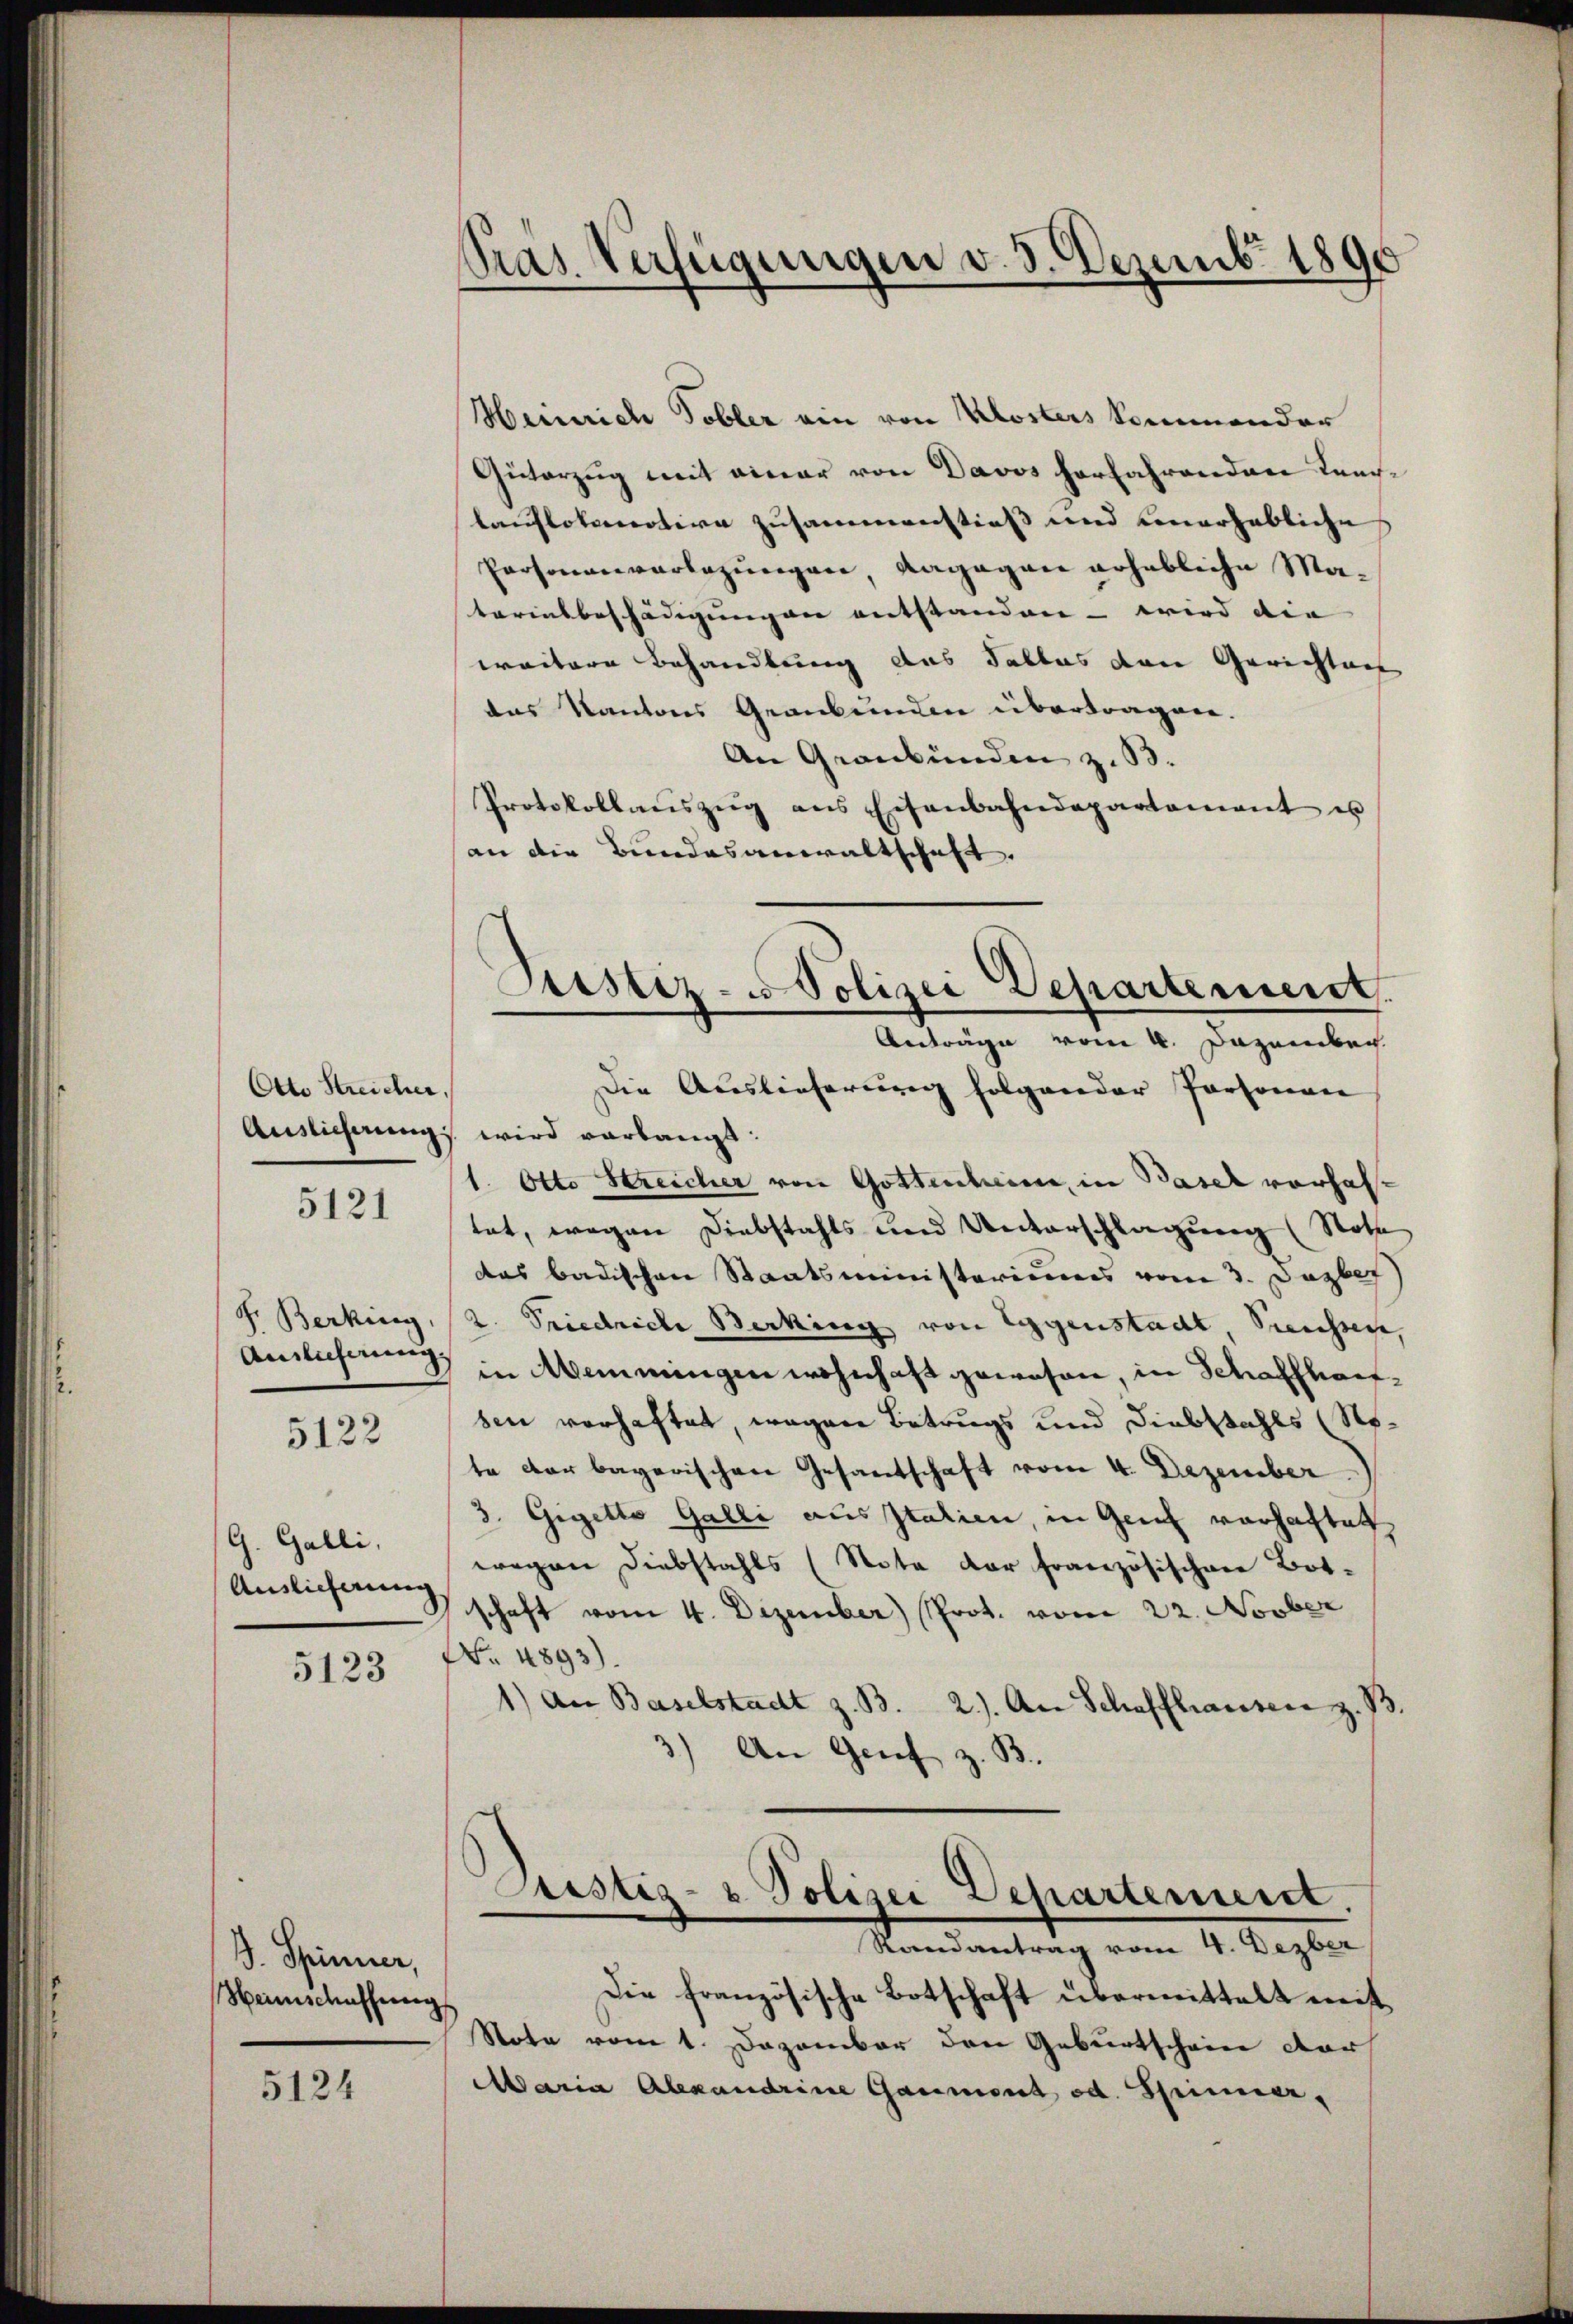
Otto Streicher,

5121

F. Berking,
Auslieferung.

5122

G. Galli,
Auslieferung

5123

J. Spinner,
Herischaffeng

5124

Pras Verfügungen v. 3. Dezemb. 1891

Heinrich Tobler ein von Klosters kommender
Güterzug mit einer von Davos herfahrenden Leerlauflokomotive zusammenstieß und verhebliche
Personenverlegungen, dagegen erhebliche Materinsbeschädigungen entstanden – wird die |
weitere Behandlung das Falles den Gerichtung
das Kantons Graubünden übertragen.
An Graubünden z. B.
Protokollaŭszŭg ans Eisenbahndepartamant es
an die Bundesanwaltschaft.
Die Auslieferung folgender Personan
Auslicherung wird verlangt:
1. Otto Streicher von Gottenheim, in Basel vorhaltat, wegen Diebstahls und Unterschlagung (Note
das badischen Staatsministeriums vom 3. Dezbr
2. Friedriche Berking von Eggenstadt, Sienissen,
in Meinungen wohnhaft gewesen, in Schaffhausen verhaftet, wegen Betrugs und Diebstahls (Stete der bagarischen Gesandschaft vom 4. Dezember
3. Gigetto Galli ausstatien, in Genf vorhaftet
wegen Diebstahls (Nota der französischen Bot-
schaft vom 4. Dezember) Prot. vom 22. Novber
No. 4893).
1) an Baselstadt z. B. 2). An Schaffhausen z. B.
3.) An Genf z. B.
Justiz- & Polizei Departement.
Randantrag vom 4. Dezber
Die französische Botschaft übermittelt mit
Note vom 1. Dezember den Geburtschein cor
Maria Alexandrine Gaument od. Spinner,

Justiz- u Polizei Departement.
Anträge vom 4. Dezember